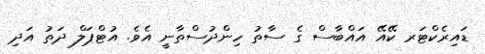
ޑައިރެކްޓަރ ކޭއޭ އައްބާސް ގެ ސާތު ހިންދުސްތާނީ އެވެ. އުޓްޕަލް ދަތު އަދި